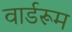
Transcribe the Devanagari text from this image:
वार्डरूम